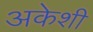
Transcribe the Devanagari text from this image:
अकेशी